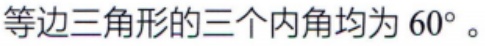
等边三角形的三个内角均为 \(60^{\circ}\)。